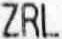
ZRL